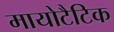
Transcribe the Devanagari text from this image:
मायोटैटिक